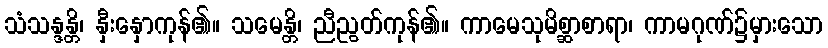
သံသန္ဒန္တိ၊ နှီးနှောကုန်၏။ သမေန္တိ၊ ညီညွတ်ကုန်၏။ ကာမေသုမိစ္ဆာစာရာ၊ ကာမဂုဏ်၌မှားသော